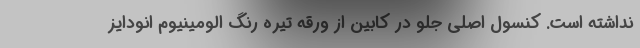
نداشته است. کنسول اصلی جلو در کابین از ورقه تیره رنگ الومینیوم انودایز